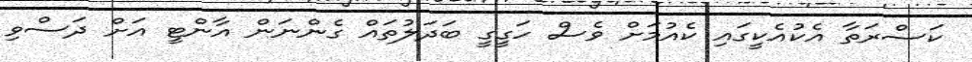
ކަސްރަތާ އެކުއެކީގައި ކެއުމަށް ވެސް ހަގީގީ ބަދަލުތައް ގެންނަން އާންޓީ އަށް ދަސްވި